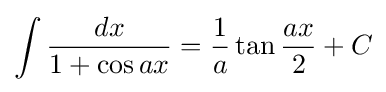
\int {\frac {dx}{1+\cos ax}}={\frac {1}{a}}\tan {\frac {ax}{2}}+C